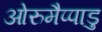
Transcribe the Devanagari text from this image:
ओरुमैप्पाडु